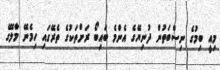
މިއީ ބިމުގެ ނިސްބަތުން ދުނިޔޭގެ އެންމެ ބައިބޯ ރަށްތަކުގެ ތެރޭގައި ހިމެނޭ މާލޭގެ